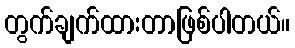
တွက်ချက်ထားတာဖြစ်ပါတယ်။